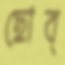
ছোব্‌